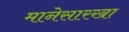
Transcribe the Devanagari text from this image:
मानेसारखा